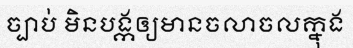
ច្បាប់ មិនបង្កឲ្យមានចលាចលក្នុង